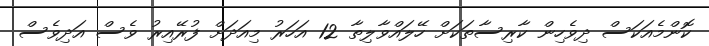
ކޮންމެއަކަސް ދިވެހިން ކާރިސާތަކަށް ހޭލައްވާލިތާ 12 އަހަރު މިއަދަށް ފުރޭއިރު ވެސް އަދިވެސް